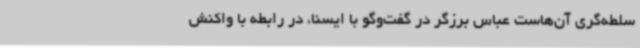
سلطه‌گری آن‌هاست عباس برزگر در گفت‌وگو با ایسنا، در رابطه با واکنش